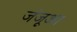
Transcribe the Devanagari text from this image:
जंजूआ